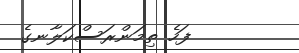
ފަހެ ތިމަންރަސްކަލާނގެ